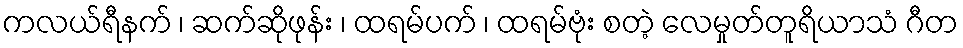
ကလယ်ရီနက် ၊ ဆက်ဆိုဖုန်း ၊ ထရမ်ပက် ၊ ထရမ်ဗုံး စတဲ့ လေမှုတ်တူရိယာသံ ဂီတ